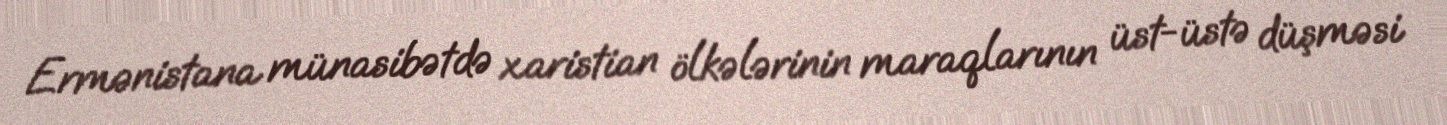
Ermənistana münasibətdə xaristian ölkələrinin maraqlarının üst-üstə düşməsi